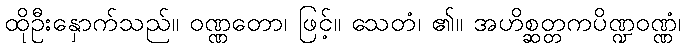
ထိုဦးနှောက်သည်။ ဝဏ္ဏတော၊ ဖြင့်။ သေတံ၊ ၏။ အဟိစ္ဆတ္တကပိဏ္ဍဝဏ္ဏံ၊